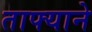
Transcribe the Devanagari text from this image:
ताफ्याने